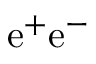
\mathrm { e ^ { + } e ^ { - } }